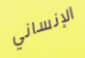
الإنساني